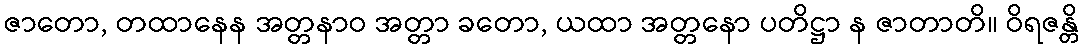
ဇာတော, တထာနေန အတ္တနာဝ အတ္တာ ခတော, ယထာ အတ္တနော ပတိဋ္ဌာ န ဇာတာတိ။ ဝိရဇန္တိ